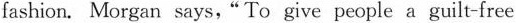
fashion. Morgan says," To give people a guilt-free